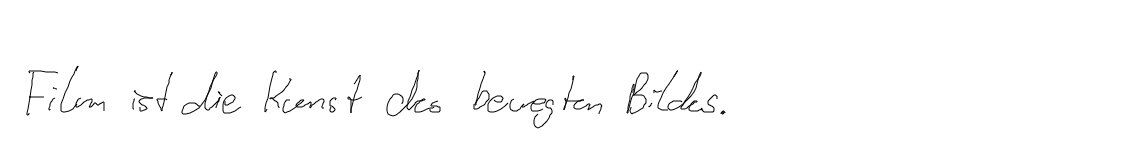
Film ist die Kunst des bewegten Bildes.